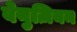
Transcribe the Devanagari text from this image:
वेनुज़ियन